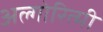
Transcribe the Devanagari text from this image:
अल्गोरित्मी